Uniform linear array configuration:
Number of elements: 64
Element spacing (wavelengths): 0.25
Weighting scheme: kaiser
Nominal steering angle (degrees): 45
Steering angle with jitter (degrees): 46.45
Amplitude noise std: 0.05
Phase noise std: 0.05

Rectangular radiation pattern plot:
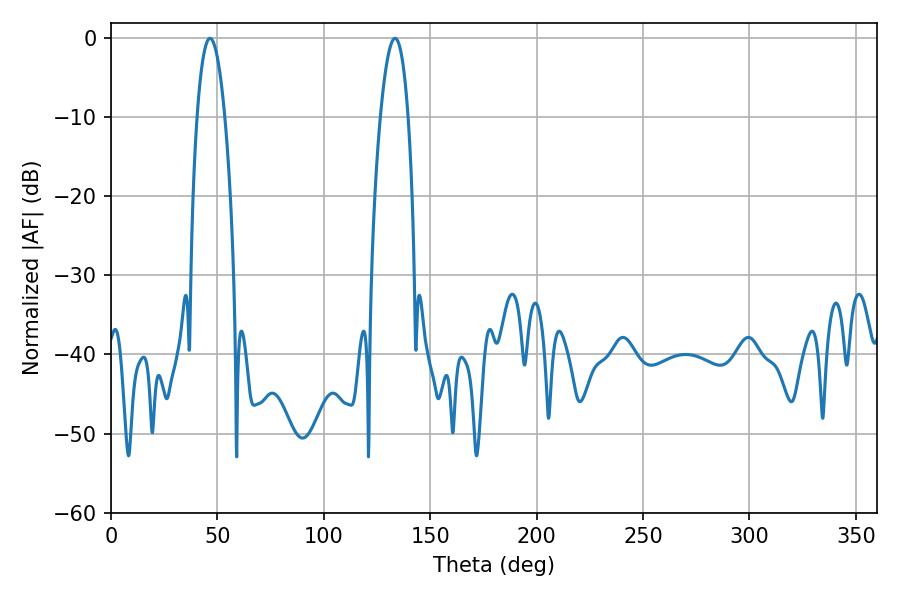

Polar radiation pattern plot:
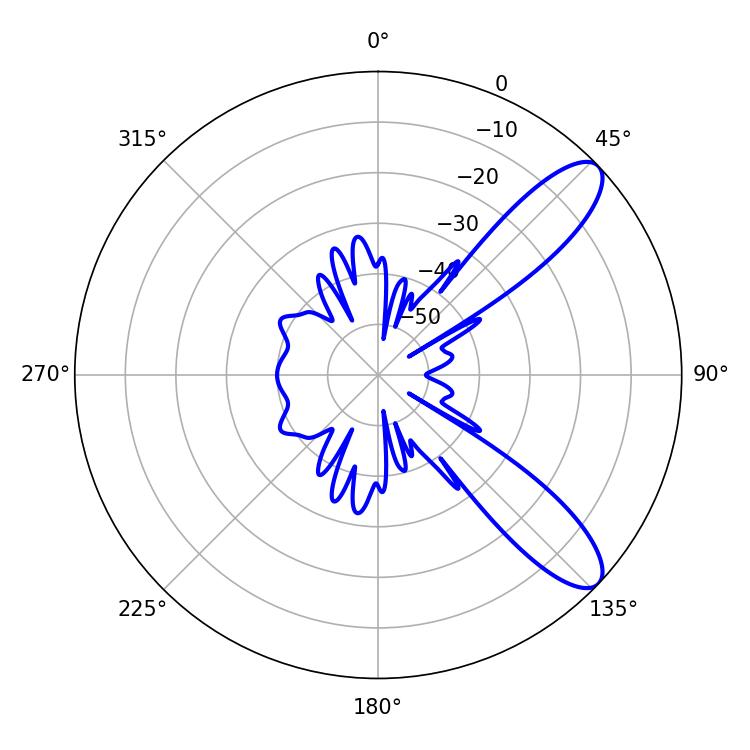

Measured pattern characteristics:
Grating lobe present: FALSE
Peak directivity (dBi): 10.074
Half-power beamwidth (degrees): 7.2
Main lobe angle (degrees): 46.62